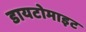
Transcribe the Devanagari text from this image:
डायटोमाइट